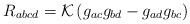
LaTeX: \begin{align*}R_{abcd}={\cal K} \left(g_{ac}g_{bd} - g_{ad}g_{bc}\right)\end{align*}